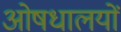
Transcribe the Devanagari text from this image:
ओषधालयों